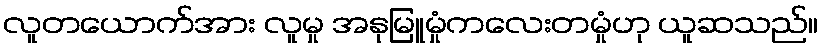
လူတယောက်အား လူမှု အနုမြူမှုံကလေးတမှုံဟု ယူဆသည်။